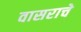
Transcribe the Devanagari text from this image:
वासराचे